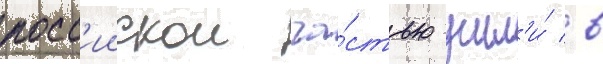
росс'иискои ча́стью ушл'и́ в